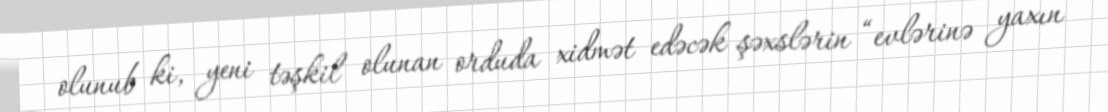
olunub ki, yeni təşkil olunan orduda xidmət edəcək şəxslərin “evlərinə yaxın